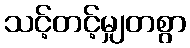
သင့်တင့်မျှတစွာ